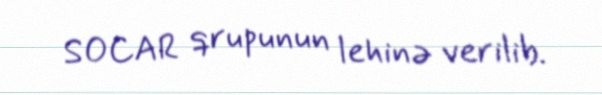
SOCAR qrupunun lehinə verilib.